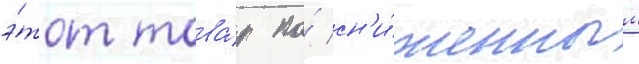
э́тот това́р по́ сн'и́женным